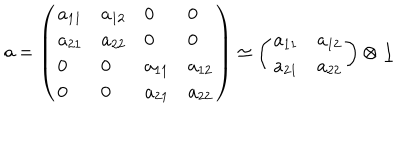
a = \left( \begin{array} { l l l l } { { a _ { 1 1 } } } & { { a _ { 1 2 } } } & { { 0 } } & { { 0 } } \\ { { a _ { 2 1 } } } & { { a _ { 2 2 } } } & { { 0 } } & { { 0 } } \\ { { 0 } } & { { 0 } } & { { a _ { 1 1 } } } & { { a _ { 1 2 } } } \\ { { 0 } } & { { 0 } } & { { a _ { 2 1 } } } & { { a _ { 2 2 } } } \\ \end{array} \right) \simeq \left( \begin{array} { l l } { { a _ { 1 1 } } } & { { a _ { 1 2 } } } \\ { { a _ { 2 1 } } } & { { a _ { 2 2 } } } \\ \end{array} \right) \otimes \underline { { { 1 } } }